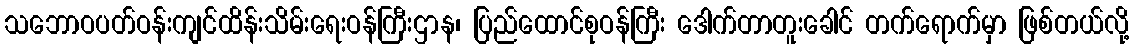
သဘောဝပတ်ဝန်းကျင်ထိန်းသိမ်းရေးဝန်ကြီးဌာန၊ ပြည်ထောင်စုဝန်ကြီး ဒေါက်တာတူးခေါင် တက်ရောက်မှာ ဖြစ်တယ်လို့